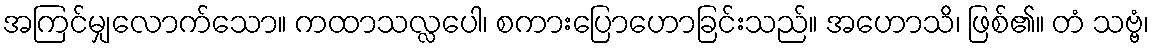
အကြင်မျှလောက်သော။ ကထာသလ္လပေါ၊ စကားပြောဟောခြင်းသည်။ အဟောသိ၊ ဖြစ်၏။ တံ သဗ္ဗံ၊